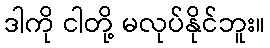
ဒါကို ငါတို့ မလုပ်နိုင်ဘူး။